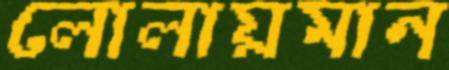
লোলায়মান